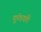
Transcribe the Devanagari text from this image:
कुंचको